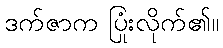
ဒက်ဇာက ပြုံးလိုက်၏။